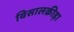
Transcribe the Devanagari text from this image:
विसालक्रीड़ा